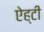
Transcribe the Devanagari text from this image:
ऐह्टी